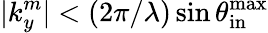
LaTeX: |k_{y}^{m}|<(2\pi/\lambda)\sin{\theta_{\mathrm{in}}^{\mathrm{max}}}